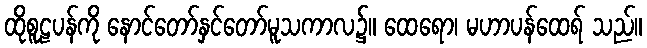
ထိုစူဠပန်ကို နောင်တော်နှင်တော်မူသကာလ၌။ ထေရော၊ မဟာပန်ထေရ် သည်။